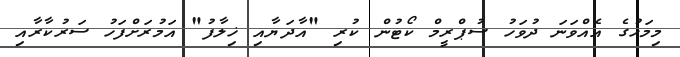
މިމަހުގެ އެއްވަނަ ދުވަހު ސުޕްރީމް ކޯޓުން ކުރި "އާދަޔާއި ޚިލާފު" އަމުރަށްފަހު ސަރުކާރާއި